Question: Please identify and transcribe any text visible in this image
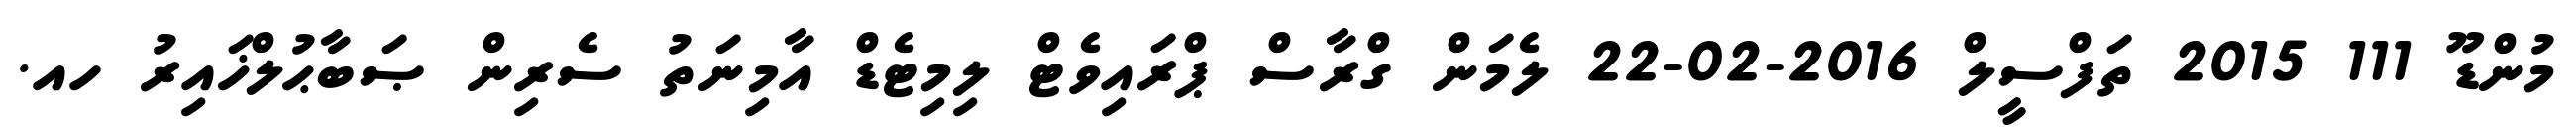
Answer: މުންޑޫ 111 2015 ތަފްސީލް 2016-02-22 ލެމަން ގްރާސް ޕްރައިވެޓް ލިމިޓެޑް އާމިނަތު ސެރިން ޞަބާޙުލްޚައިރު ހއ.